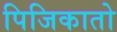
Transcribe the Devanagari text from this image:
पिजिकातो